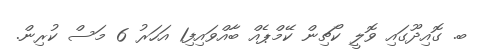
ބ. ގޮއިދޫގައި ވޮލީ ކޯޗިން ކޭމްޕެއް ބާއްވައިފި1 އަހަރު 6 މަސް ކުރިން.